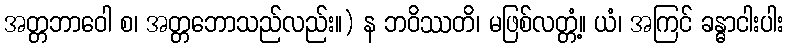
အတ္တဘာဝေါ စ၊ အတ္တဘောသည်လည်း။) န ဘဝိဿတိ၊ မဖြစ်လတ္တံ့။ ယံ၊ အကြင် ခန္ဓာငါးပါး